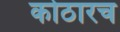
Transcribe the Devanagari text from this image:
कोठारच